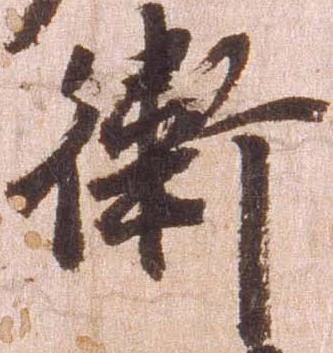
衛